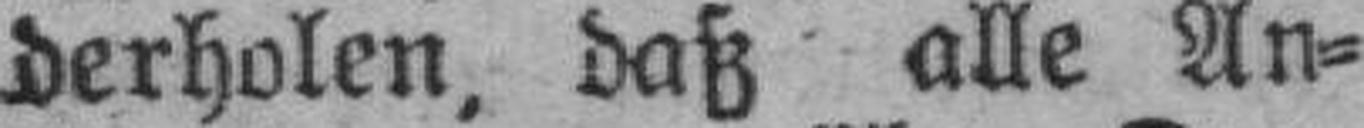
derholen, daß alle An¬